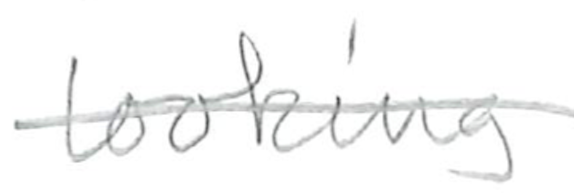
Text: looking
Cross-out: mix
Writing tool: pencil